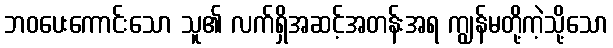
ဘဝပေးကောင်းသော သူ၏ လက်ရှိအဆင့်အတန်းအရ ကျွန်မတို့ကဲ့သို့သော